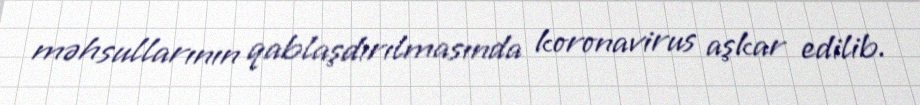
məhsullarının qablaşdırılmasında koronavirus aşkar edilib.